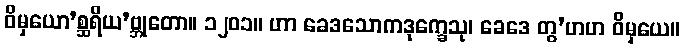
ဝိမှယော’စ္ဆရိယ’ဗ္ဘုတော။ ၁၂၀၁။ ဟာ ခေဒသောကဒုက္ခေသု၊ ခေဒေ တွ’ဟဟ ဝိမှယေ။